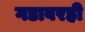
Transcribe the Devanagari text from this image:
गडावरही